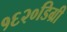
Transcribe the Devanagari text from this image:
१६२०डिग्री